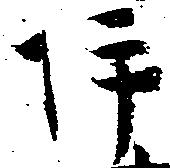
坪